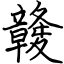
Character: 竷